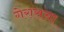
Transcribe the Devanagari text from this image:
गेरासचा